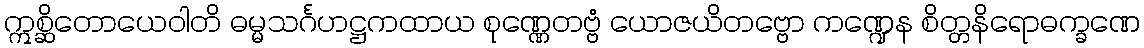
ဣစ္ဆိတောယေဝါတိ ဓမ္မသင်္ဂဟဋ္ဌကထာယ စုဏ္ဏေတဗ္ဗံ ယောဇယိတဗ္ဗော ကဏ္ဍေန စိတ္တနိရောဓက္ခဏေ